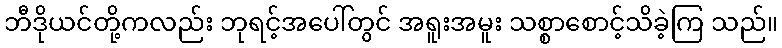
ဘီဒိုယင်တို့ကလည်း ဘုရင့်အပေါ်တွင် အရူးအမူး သစ္စာစောင့်သိခဲ့ကြ သည်။